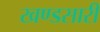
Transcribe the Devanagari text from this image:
खण्डसारी